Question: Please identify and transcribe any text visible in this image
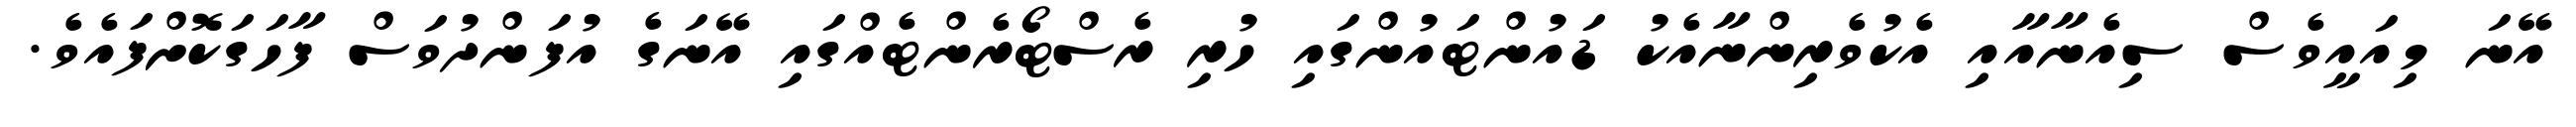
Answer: އޭނަ މިއައީވެސް ސިއެނާއާއި އެކުވެރިންނާއެކު ޑައުންޓައުންގައި ހުރި ރެސްޓޯރެންޓެއްގައި އޭނަގެ އުފަންދުވަސް ފާހަގަކޮށްފައެވެ.